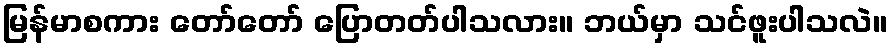
မြန်မာစကား တော်တော် ပြောတတ်ပါသလား။ ဘယ်မှာ သင်ဖူးပါသလဲ။